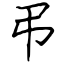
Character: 弔